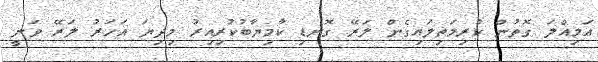
އަމިއްލަ ގޮތުން ކުރިމަތިލައިގެން ލަރޭ ގޮނޑި ކާމިޔާބުކުރިއިރު މިދިޔަ އަހަރު ލަރޭ ވަނީ